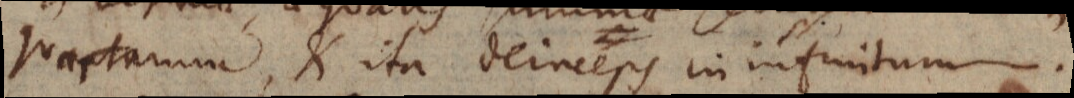
Nartarum, K ita deinceps in infinitum.